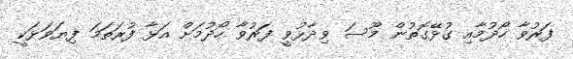
ފަރުވާ ހޯދުމާއި ގުޅޭގޮތުން މޫސަ ވިދާޅުވީ ފަރުވާ ހޯދުމަށް އަޅާ ފުރަތަމަ ފިޔަވަޅަކީ